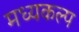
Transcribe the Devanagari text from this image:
मध्यकल्प